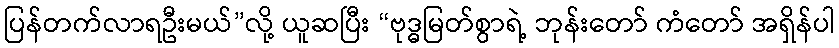
ပြန်တက်လာရဦးမယ်”လို့ ယူဆပြီး “ဗုဒ္ဓမြတ်စွာရဲ့ ဘုန်းတော် ကံတော် အရှိန်ပါ